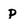
Character: p